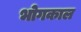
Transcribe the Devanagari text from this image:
भोगकाल